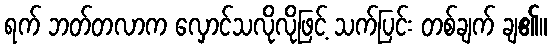
ရက် ဘတ်တလာက လှောင်သလိုလိုဖြင့် သက်ပြင်း တစ်ချက် ချ၏။